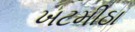
ખટમીઠા